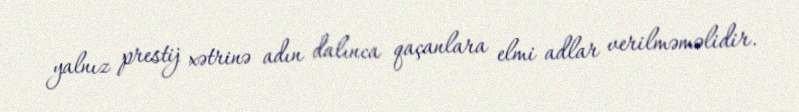
yalnız prestij xətrinə adın dalınca qaçanlara elmi adlar verilməməlidir.